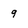
Character: 9